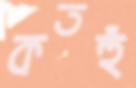
কতহুঁ